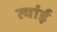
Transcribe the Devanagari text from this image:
त्यांई